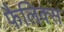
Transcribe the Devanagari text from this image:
फैलिक्स